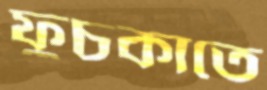
ফুচকাতে